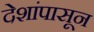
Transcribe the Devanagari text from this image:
देशांपासून